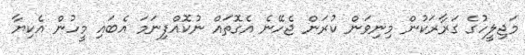
މަޖިލީހުގެ ގަރާރަކުން މިނިވަން ކުރަން ޖެހޭނެ އެގޮތައް ނުކޮއްފިނަމަ އެބައި މީހުން އެކިޔާ